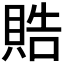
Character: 𬥘